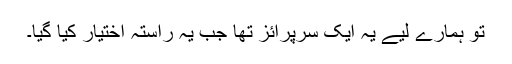
تو ہمارے لیے یہ ایک سرپرائز تھا جب یہ راستہ اختیار کیا گیا۔